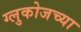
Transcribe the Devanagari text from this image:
ग्लुकोजच्या